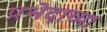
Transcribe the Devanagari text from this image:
प्रभेदाच्या